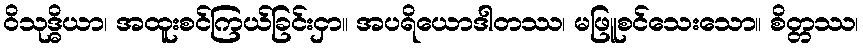
ဝိသုဒ္ဓိယာ၊ အထူးစင်ကြယ်ခြင်းငှာ။ အပရိယောဒါတဿ၊ မဖြူစင်သေးသော။ စိတ္တဿ၊